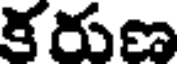
కరుణ